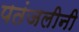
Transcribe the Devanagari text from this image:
पतंजलीनी